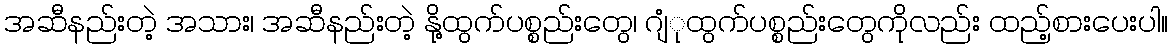
အဆီနည်းတဲ့ အသား၊ အဆီနည်းတဲ့ နို့ထွက်ပစ္စည်းတွေ၊ ဂျံုထွက်ပစ္စည်းတွေကိုလည်း ထည့်စားပေးပါ။